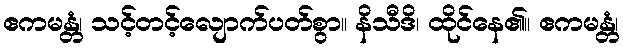
ဧကမန္တံ၊ သင့်တင့်လျောက်ပတ်စွာ။ နိသီဒိ၊ ထိုင်နေ၏။ ဧကမန္တံ၊